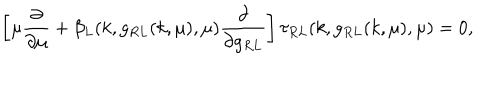
LaTeX: \left[ \mu \frac { \partial } { \partial \mu } + \beta _ { L } ( k , g _ { R L } ( k , \mu ) , \mu ) \frac { \partial } { \partial g _ { R L } } \right] \tau _ { R L } ( k , g _ { R L } ( k , \mu ) , \mu ) = 0 ,